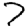
Digit: 7